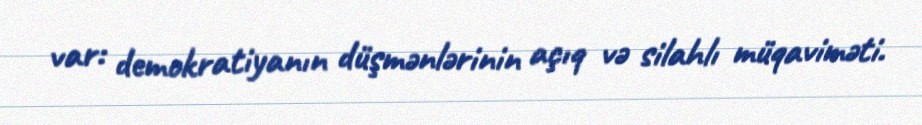
var: demokratiyanın düşmənlərinin açıq və silahlı müqaviməti.